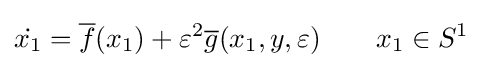
{\dot {x_{1}}}={\overline {f}}(x_{1})+\varepsilon ^{2}{\overline {g}}(x_{1},y,\varepsilon )\qquad x_{1}\in S^{1}